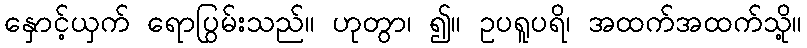
နှောင့်ယှက် ရောပြွမ်းသည်။ ဟုတွာ၊ ၍။ ဥပရူပရိ၊ အထက်အထက်သို့။